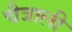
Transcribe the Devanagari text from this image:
चैत्राली